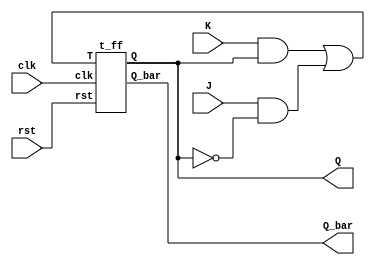
`timescale 1ns / 1ps
//////////////////////////////////////////////////////////////////////////////////
// Company: 
// Engineer: 
// 
// Design Name: 
// Module Name:    jkt 
// Project Name: 
// Target Devices: 
// Tool versions: 
// Description: 
//
// Dependencies: 
//
// Revision: 
// Revision 0.01 - File Created
// Additional Comments: 
//
//////////////////////////////////////////////////////////////////////////////////
module jkt(clk,rst,J,K,Q,Q_bar);
  input clk, rst,J,K;
  output Q,Q_bar;
  wire w1,w2;
  
  assign w1 = (K & Q) | (J & ~Q);
  
  t_ff TF(clk,rst, w1,Q,Q_bar);
  
endmodule

module t_ff(
    input clk,rst,T,
    output reg Q, output Q_bar
    );
    always@(posedge clk)
          begin
            if(rst)
               Q <= 1'b0;
            else
                begin
                   if(T)
                    Q<= ~Q;
                   else
                    Q<= Q;                     
                end
          end
		  assign Q_bar = ~Q;
endmodule